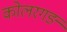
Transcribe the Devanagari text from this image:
कोलरगङ